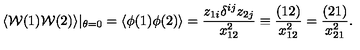
\langle { \cal W } ( 1 ) { \cal W } ( 2 ) \rangle | _ { \theta = 0 } = \langle \phi ( 1 ) \phi ( 2 ) \rangle = \frac { z _ { 1 i } \delta ^ { i j } z _ { 2 j } } { x _ { 1 2 } ^ { 2 } } \equiv \frac { ( 1 2 ) } { x _ { 1 2 } ^ { 2 } } = \frac { ( 2 1 ) } { x _ { 2 1 } ^ { 2 } } .